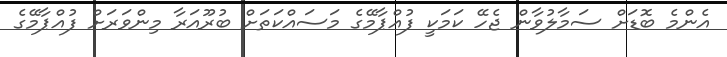
އެންމެ ބޮޑަށް ސަމާލުވާން ޖެހޭ ކަމަކީ ފުއްޕާމޭގެ މަސައްކަތަށް ބުރޫއަރާ މިންވަރަށް ފުއްޕާމޭގެ